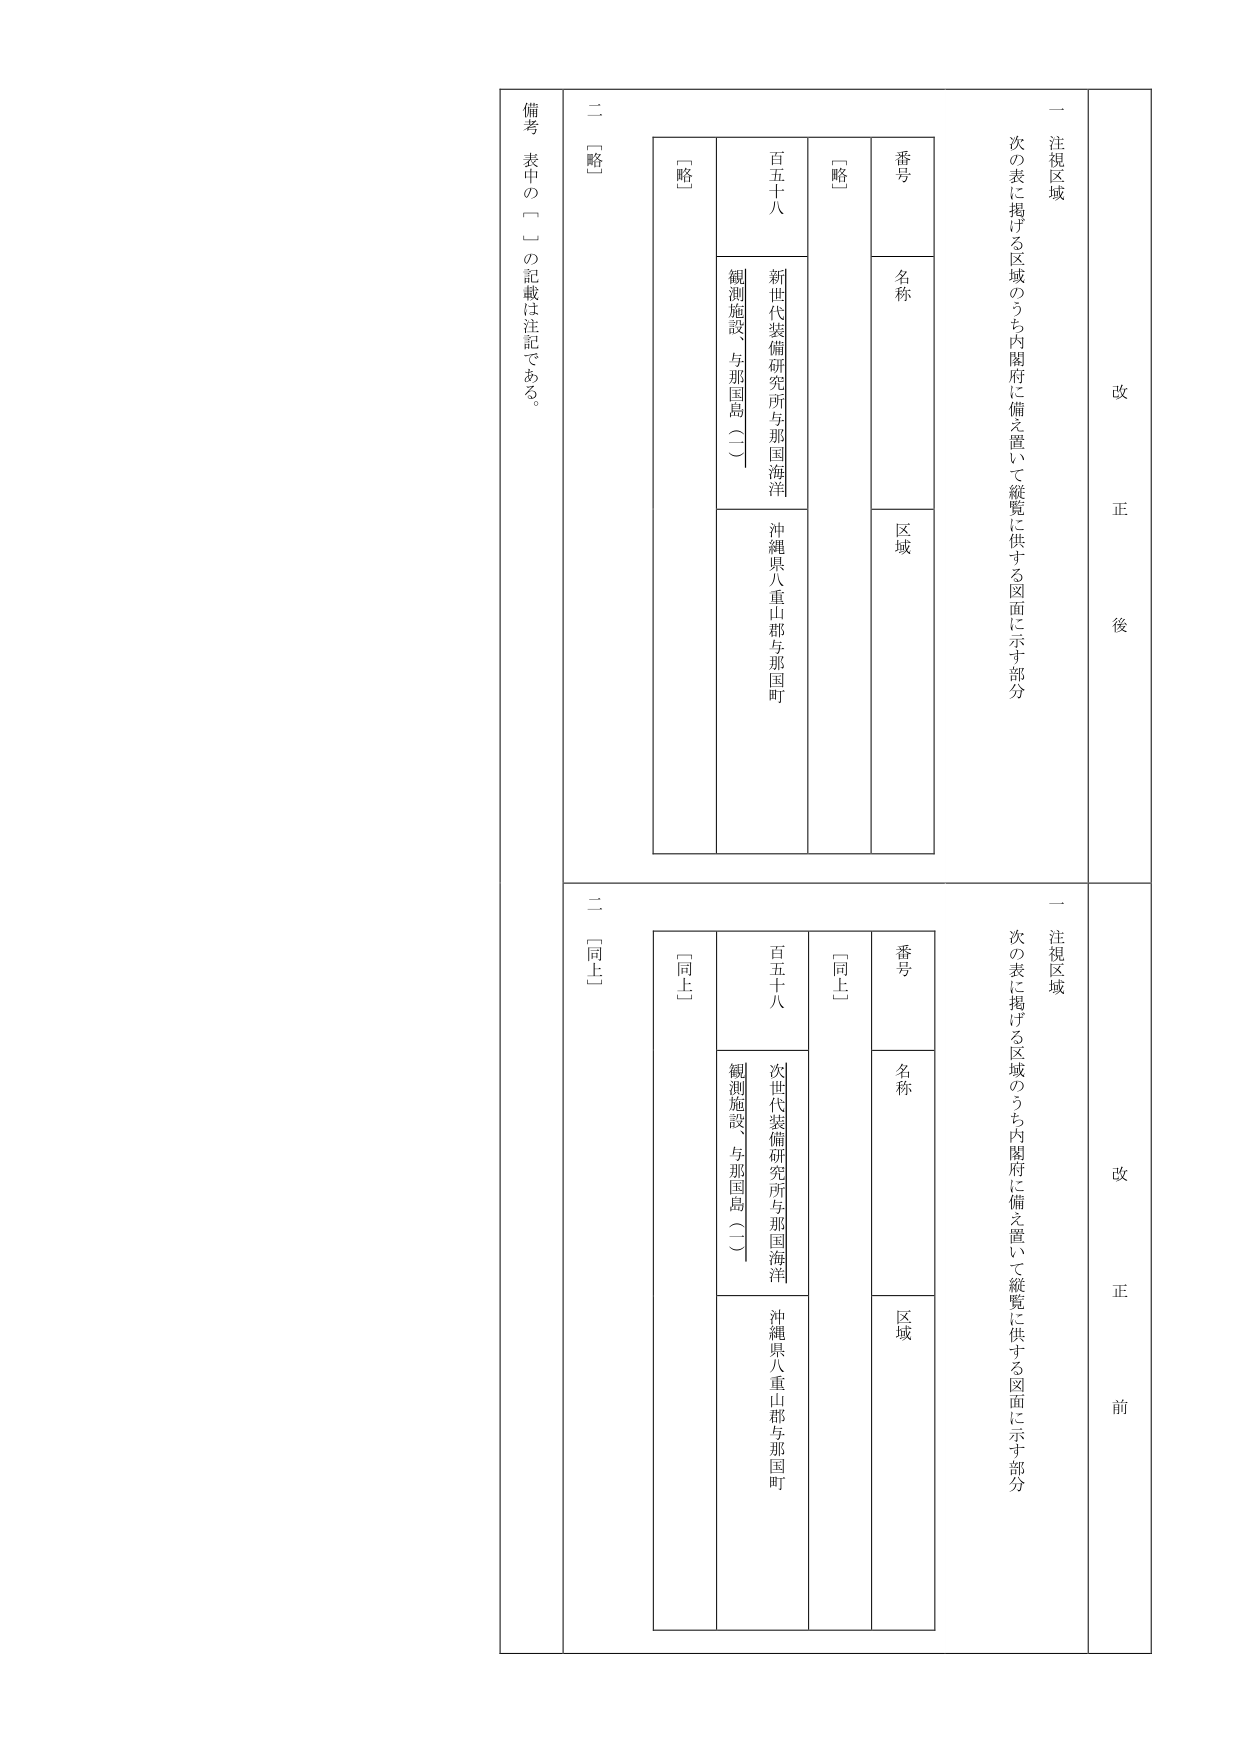
改 正 後
一 注視区域
次の表に掲げる区域のうち内閣府に備え置いて縦覧に供する図面に示す部分
番号
名称
区域
百五十八
新世代装備研究所与那国海洋観測施設、与那国島（一）
沖縄県八重山郡与那国町
〔略〕
二 〔略〕
備考 表中の「〔〕」の記載は注記である。

改 正 前
一 注視区域
次の表に掲げる区域のうち内閣府に備え置いて縦覧に供する図面に示す部分
番号
名称
区域
百五十八
次世代装備研究所与那国海洋観測施設、与那国島（一）
沖縄県八重山郡与那国町
〔同上〕
二 〔同上〕